Report on vaccination in the Province of Bengal - 1874-1889
Year: 1874
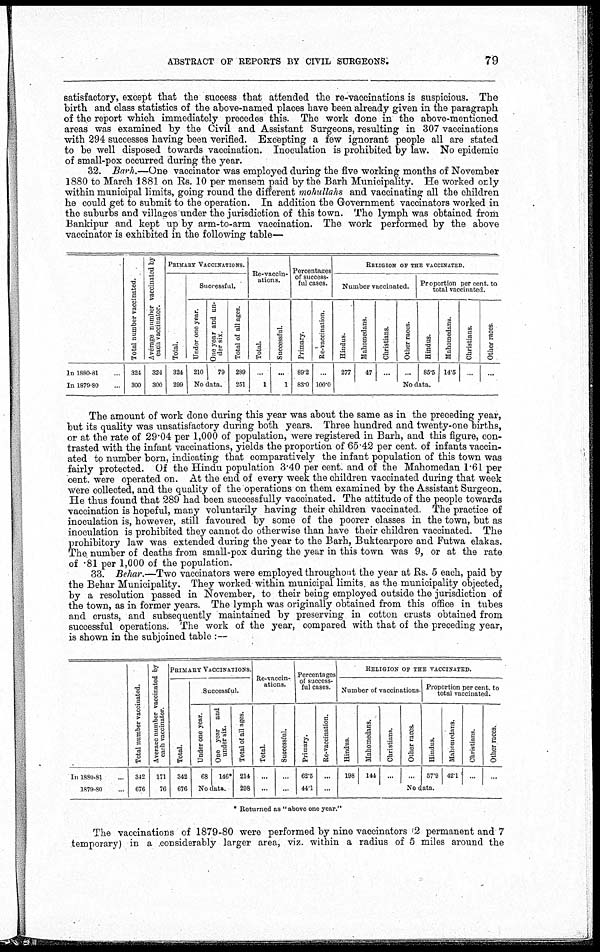
ABSTRACT OF REPORTS BY CIVIL SURGEONS.
79
satisfactory, except that the success that attended the re-vaccinations is suspicious. The
birth and class statistics of the above-named places have been already given in the paragraph
of the report which immediately precedes this. The work done in the above-mentioned
areas was examined by the Civil and Assistant Surgeons, resulting in 307 vaccinations
with 294 successes having been verified. Excepting a few ignorant people all are stated
to be well disposed towards vaccination. Inoculation is prohibited by law. No epidemic
of small-pox occurred during the year.
32. Barh.—One vaccinator was employed during the five working months of November
1880 to March 1881 on Rs. 10 per mensem paid by the Barh Municipality. He worked only
within municipal limits, going round the different mohullahs and vaccinating all the children
he could get to submit to the operation. In addition the Government vaccinators worked in
the suburbs and villages under the jurisdiction of this town. The lymph was obtained from
Bankipur and kept up by arm-to-arm vaccination. The work performed by the above
vaccinator is exhibited in the following table—
In 1880-81...
In 1879-80...
Total number vaccinated.
324
300
Average number vaccinated by
each vaccinator.
324
300
PRIMARY VACCINATIONS.
Total.
324
299
Successful.
Under one year.
210
One year and un-
der six.
79
No data.
Total of all ages.
289
251
Re-vaccin-
ations.
Total.
...
1
Successful.
...
1
Percentages
of success-
ful cases.
Primary.
89.2
83.0
Re-vaccination.
...
100.0
RELIGION OF THE VACCINATED.
Number vaccinated.
Hindus.
277
Mohomedans.
47
Christians.
...
Other races.
...
Proportion per cent.to
total vaccinated.
Hindus.
85.5
Mahomedans.
14.5
Christians.
...
Other races.
...
No data.
The amount of work done during this year was about the same as in the preceding year,
but its quality was unsatisfactory during both years. Three hundred and twenty-one births,
or at the rate of 29.04 per 1,000 of population, were registered in Barh, and this figure, con-
trasted with the infant vaccinations, yields the proportion of 65.42 per cent. of infants vaccin-
ated to number born, indicating that comparatively the infant population of this town was
fairly protected. Of the Hindu population 3.40 per cent. and of the Mahomedan 1.61 per
cent. were operated on. At the end of every week the children vaccinated during that week
were collected, and the quality of the operations on them examined by the Assistant Surgeon.
He thus found that 289 had been successfully vaccinated. The attitude of the people towards
vaccination is hopeful, many voluntarily having their children vaccinated. The practice of
inoculation is, however, still favoured by some of the poorer classes in the town, but as
inoculation is prohibited they cannot do otherwise than have their children vaccinated. The
prohibitory law was extended during the year to the Barh, Buktearpore and Futwa elakas.
The number of deaths from small-pox during the year in this town was 9, or at the rate
of .81 per 1,000 of the population.
33. Behar.—Two vaccinators were employed throughout the year at Rs. 5 each, paid by
the Behar Municipality. They worked within municipal limits as the municipality objected,
by a resolution passed in November, to their being employed outside the jurisdiction of
the town, as in former years. The lymph was originally obtained from this office in tubes
and crusts, and subsequently maintained by preserving in cotton crusts obtained from
successful operations. The work of the year, compared with that of the preceding year,
is shown in the subjoined table :—
In 1880-81...
1879-80...
Total number vaccinated.
342
676
Average number vaccinated by
each vaccinator.
171
76
PRIMARY VACCINATIONS.
Total.
342
676
Successful.
Under one year.
68
One year and
under six.
146*
No data.
Total of all ages.
214
298
Re-vaccin-
ations.
Total.
...
...
Successful.
...
...
Percentages
of success-
ful cases.
Primary.
62.5
44.1
Re-vaccination.
...
...
RELIGION OF THE VACCINATED.
Number of vaccinations.
Hindus.
198
Mahomedans.
144
Christians.
...
Other races.
...
Proportion per cent. to
total vaccinated.
Hindus.
57.9
Mahomedans.
42.1
Christians.
...
Other races.
...
No data.
* Returned as " above one year."
The vaccinations of 1879-80 were performed by nine vaccinators 2 permanent and 7
temporary) in a considerably larger area, viz. within a radius of 5 miles around the